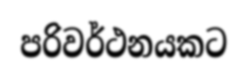
පරිවර්ථනයකට